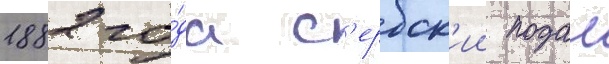
1882 го́да с'ербск'ии подал